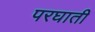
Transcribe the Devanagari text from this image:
परघाती